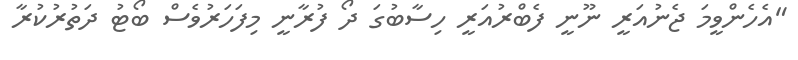
"އެހެންވީމަ ޖެނުއަރީ ނޫނީ ފެބްރުއަރީ ހިސާބުގަ ދޯ ފުރާނީ މިފަހަރުވެސް ބޯޓު ދަތުރުކުރާ